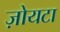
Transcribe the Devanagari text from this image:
ज़ोयटा